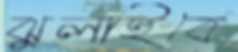
ঝুলাইবে